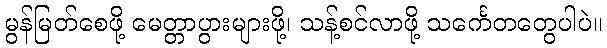
မွန်မြတ်စေဖို့ မေတ္တာပွားများဖို့၊ သန့်စင်လာဖို့ သင်္ကေတတွေပါပဲ။